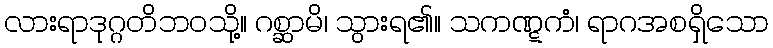
လားရာဒုဂ္ဂတိဘဝသို့။ ဂစ္ဆာမိ၊ သွားရ၏။ သကဏ္ဋကံ၊ ရာဂအစရှိသော